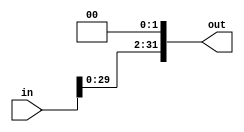
module ShiftLeft2(in, out);
    input [31:0] in;
    output reg [31:0] out;
    
    always @(in) begin
        out = in << 2;
    end
endmodule

module ShiftLeft2_test;
    reg [31:0] in;
    
    wire [31:0] out;
    
    ShiftLeft2 shiftLeft2(in, out);
    
    initial begin
        in = 32'b0001; // expected: 32'b0100
        
        #20
        in = 32'b1100; // expected: 32'b110000
    end
endmodule